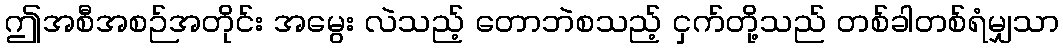
ဤအစီအစဉ်အတိုင်း အမွေး လဲသည့် တောဘဲစသည့် ငှက်တို့သည် တစ်ခါတစ်ရံမျှသာ